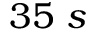
3 5 \ s